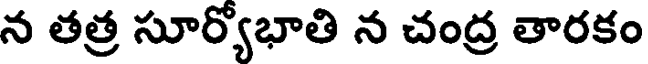
న తత్ర సూర్యోభాతి న చంద్ర తారకం